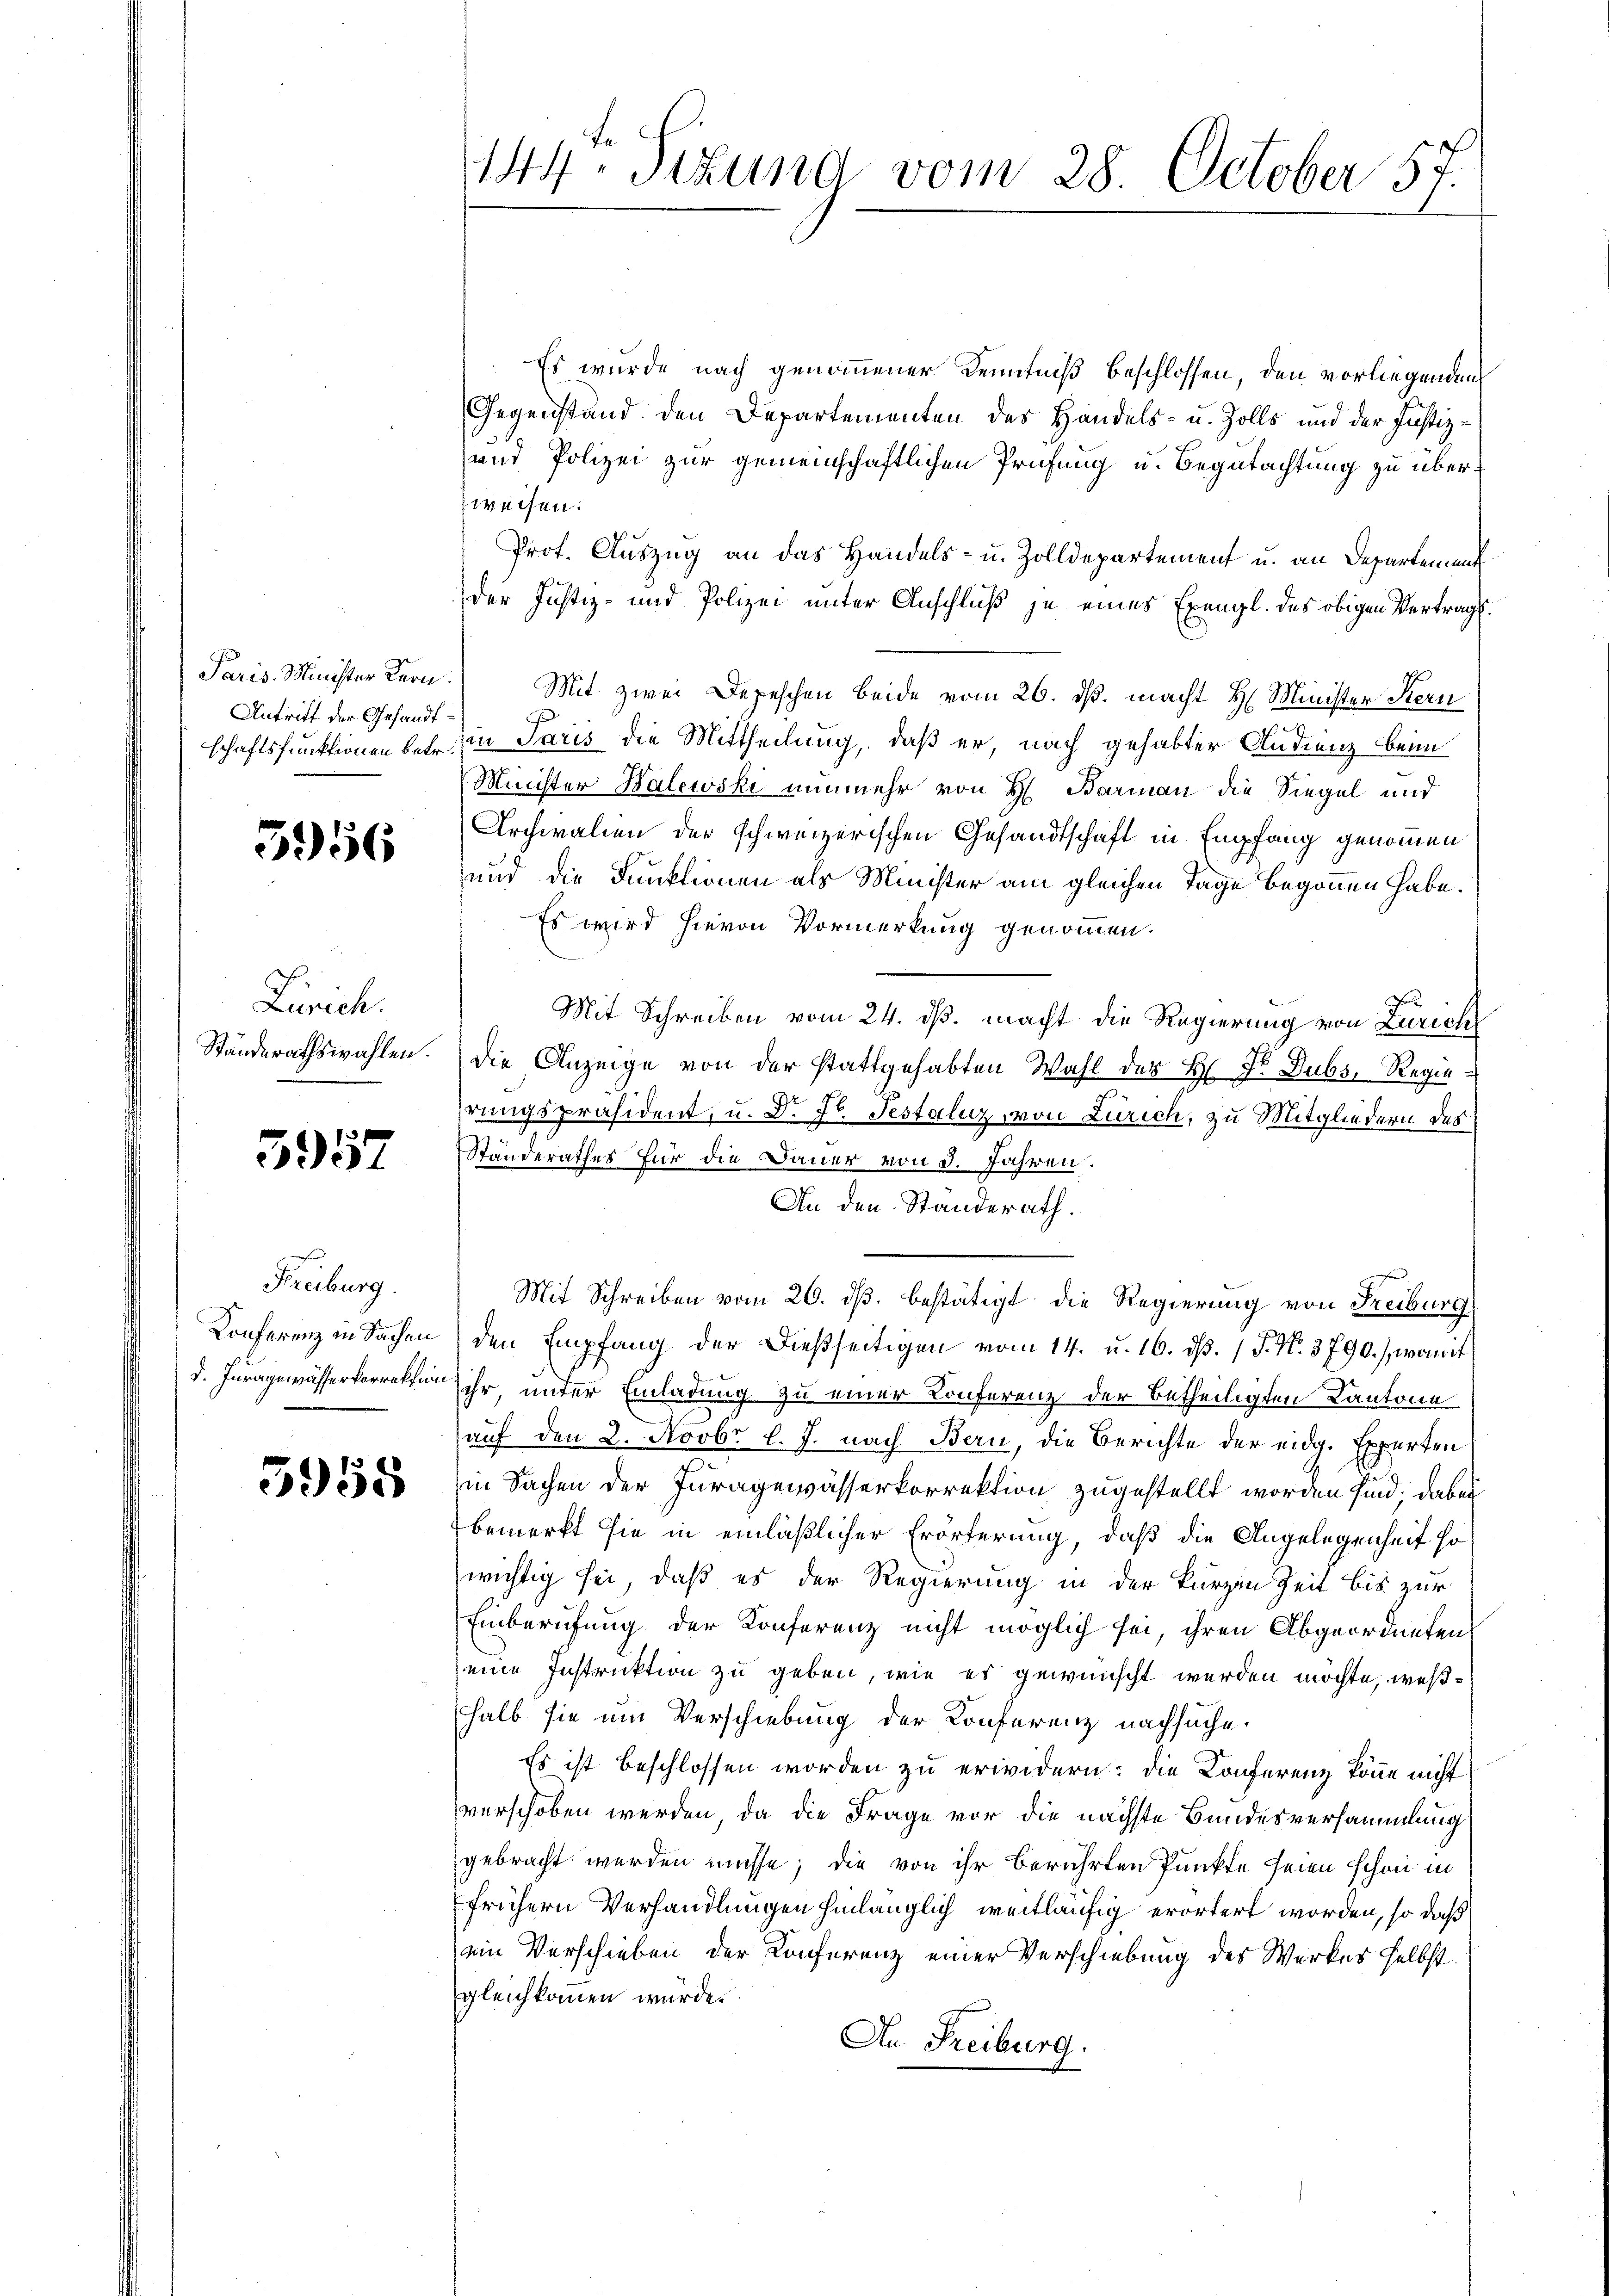
Antritt der Gesandt¬

5956

Zürich.
Standerathswahlen.

3957

F
Freiburg.
Konferenz in Sachen
d. Juragewässerkorrektio

3958

144. Sitzung vom 28. October 57.

Es wurde nach genommener Kenntniß beschlossen, den vorliegenden
Gegenstand den Departementen des Handels- u. Zolls und der Justiz¬
und Polizei zur gemeinschaftlichen Prüfung u. Begutachtung zu überweisen.
Prof. Auszug an das Handels- u. Zolldepartement u. an Departement
der Justiz- und Polizei unter Anschluß je eines Exengl. des obigen Vertrags¬
Paris Minister Bern. Mit zwei Depeschen beide vom 26. ds. macht H. Minister Kern
schaftsfunktionen bei in Paris die Mittheilung, daß er, nach gehabter Andienz beim
Minister Balewski nunmehr von H. Barman die Siegel und
Archivalien der schweizerischen Gesandtschaft in Empfang genommen
und die Funktionen als Minister am gleichen Tage begonnen habe.
Es wird hievon Vormerkung genommen.
Mit Schreiben vom 24. ds. macht die Regierung von Zürich
die Anzeige von der stattgehabten Wahl des H. Dr. Dubs, Regiehrungspräsident, u. Dr. Hr. Testaluz, von Zürich, zu Mitgliedern des
Standerathes für die Dauer von 3. Jahren.
An den Standerath.
Mit Schreiben vom 26. dß. bestätigt die Regierung von Freiburg
den Empfang der dießseitigen vom 14. u. 16. ds. / P. N. 3790), womit
ihr, unter Einladung zu einer Konferenz der betheiligten Kantone
auf den 2. Novbr l. J. nach Bern, die Berichte der eidg. Experten
in Sachen der Juragewässerkorrektion zugestellt worden sind. Dabei
bemerkt sie in einläßlicher Erörterung, daß die Angelegenheit so
wichtig sei, daß es der Regierung in der kurzen Zeit bis zur
Einberufung der Konferenz nicht möglich sei, ihren Abgeordneten
eine Instruktion zu geben, wie es gewünscht werden möchte, weßhalb sie um Verschiebung der Konferenz nachsuche.
Es ist beschlossen worden zu erwidern: die Conferenz könne nicht
verschoben werden, da die Frage vor die nächste Bundesversammlung
gebracht werden müsse; die von ihr berührten Punkte seien schon in
frühern Verhandlungen hinlänglich weitläufig erörtert worden, so daß
ein Verschieben der Konferenz einer Verschiebung des Werkes selbst.
gleichkommen wurde.
An Freiburg.